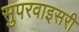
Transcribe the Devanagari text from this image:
सुपरवाइसरी